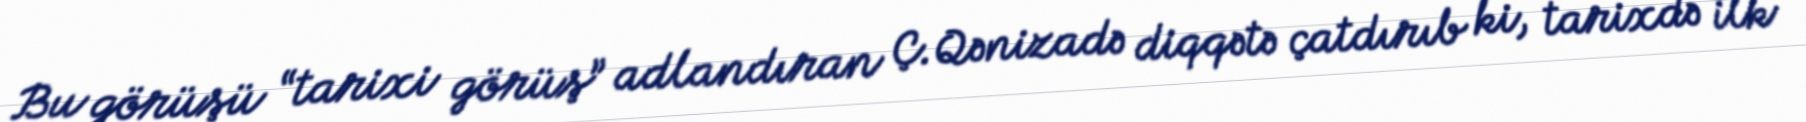
Bu görüşü “tarixi görüş” adlandıran Ç.Qənizadə diqqətə çatdırıb ki, tarixdə ilk